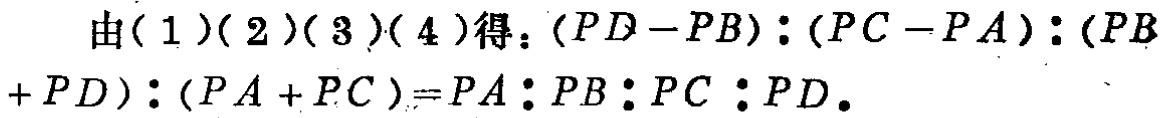
由(1)(2)(3)(4)得：$(PD - PB):(PC - PA):(PB + PD):(PA + PC)=PA:PB:PC:PD$。